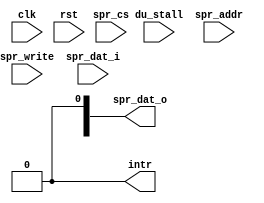
module or1200_tt(
	// RISC Internal Interface
	clk, rst, du_stall,
	spr_cs, spr_write, spr_addr, spr_dat_i, spr_dat_o,
	intr
);

//
// RISC Internal Interface
//
input		clk;		// Clock
input		rst;		// Reset
input		du_stall;	// DU stall
input		spr_cs;		// SPR CS
input		spr_write;	// SPR Write
input	[31:0]	spr_addr;	// SPR Address
input	[31:0]	spr_dat_i;	// SPR Write Data
output	[31:0]	spr_dat_o;	// SPR Read Data
output		intr;		// Interrupt output

`ifdef OR1200_TT_IMPLEMENTED

//
// TT Mode Register bits (or no register)
//
`ifdef OR1200_TT_TTMR
reg	[31:0]	ttmr;	// TTMR bits
`else
wire	[31:0]	ttmr;	// No TTMR register
`endif

//
// TT Count Register bits (or no register)
//
`ifdef OR1200_TT_TTCR
reg	[31:0]	ttcr;	// TTCR bits
`else
wire	[31:0]	ttcr;	// No TTCR register
`endif

//
// Internal wires & regs
//
wire		ttmr_sel;	// TTMR select
wire		ttcr_sel;	// TTCR select
wire		match;		// Asserted when TTMR[TP]
				// is equal to TTCR[27:0]
wire		restart;	// Restart counter when asserted
wire		stop;		// Stop counter when asserted
reg	[31:0] 	spr_dat_o;	// SPR data out

//
// TT registers address decoder
//
assign ttmr_sel = (spr_cs && (spr_addr[`OR1200_TTOFS_BITS] == `OR1200_TT_OFS_TTMR)) ? 1'b1 : 1'b0;
assign ttcr_sel = (spr_cs && (spr_addr[`OR1200_TTOFS_BITS] == `OR1200_TT_OFS_TTCR)) ? 1'b1 : 1'b0;

//
// Write to TTMR or update of TTMR[IP] bit
//
`ifdef OR1200_TT_TTMR
always @(posedge clk or `OR1200_RST_EVENT rst)
	if (rst == `OR1200_RST_VALUE)
		ttmr <= 32'b0;
	else if (ttmr_sel && spr_write)
		ttmr <=  spr_dat_i;
	else if (ttmr[`OR1200_TT_TTMR_IE])
		ttmr[`OR1200_TT_TTMR_IP] <=  ttmr[`OR1200_TT_TTMR_IP] | (match & ttmr[`OR1200_TT_TTMR_IE]);
`else
assign ttmr = {2'b11, 30'b0};	// TTMR[M] = 0x3
`endif

//
// Write to or increment of TTCR
//
`ifdef OR1200_TT_TTCR
always @(posedge clk or `OR1200_RST_EVENT rst)
	if (rst == `OR1200_RST_VALUE)
		ttcr <= 32'b0;
	else if (restart)
		ttcr <=  32'b0;
	else if (ttcr_sel && spr_write)
		ttcr <=  spr_dat_i;
	else if (!stop)
		ttcr <=  ttcr + 32'd1;
`else
assign ttcr = 32'b0;
`endif

//
// Read TT registers
//
always @(spr_addr or ttmr or ttcr)
	case (spr_addr[`OR1200_TTOFS_BITS])	// synopsys parallel_case
`ifdef OR1200_TT_READREGS
		`OR1200_TT_OFS_TTMR: spr_dat_o = ttmr;
`endif
		default: spr_dat_o = ttcr;
	endcase

//
// A match when TTMR[TP] is equal to TTCR[27:0]
//
assign match = (ttmr[`OR1200_TT_TTMR_TP] == ttcr[27:0]) ? 1'b1 : 1'b0;

//
// Restart when match and TTMR[M]==0x1
//
assign restart = match && (ttmr[`OR1200_TT_TTMR_M] == 2'b01);

//
// Stop when match and TTMR[M]==0x2 or when TTMR[M]==0x0 or when RISC is stalled by debug unit
//
assign stop = match & (ttmr[`OR1200_TT_TTMR_M] == 2'b10) | (ttmr[`OR1200_TT_TTMR_M] == 2'b00) | du_stall;

//
// Generate an interrupt request
//
assign intr = ttmr[`OR1200_TT_TTMR_IP];

`else

//
// When TT is not implemented, drive all outputs as would when TT is disabled
//
assign intr = 1'b0;

//
// Read TT registers
//
`ifdef OR1200_TT_READREGS
assign spr_dat_o = 32'b0;
`endif

`endif

endmodule